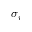
\sigma _ { i }